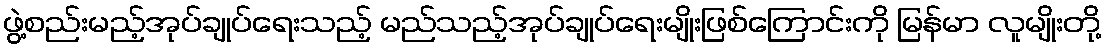
ဖွဲ့စည်းမည့်အုပ်ချုပ်ရေးသည့် မည်သည့်အုပ်ချုပ်ရေးမျိုးဖြစ်ကြောင်းကို မြန်မာ လူမျိုးတို့